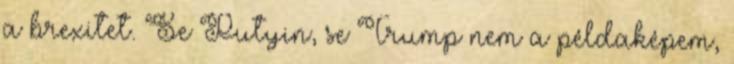
a brexitet. Se Putyin, se Trump nem a példaképem,